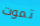
تموت